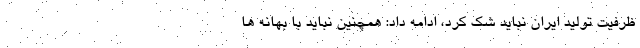
ظرفیت تولید ایران نباید شک کرد، ادامه داد: همچنین نباید با بهانه ها